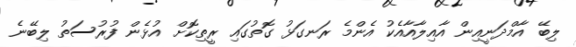
ލިބޭ އާމްދަނީއިން އާއިލާއާއެކު އެންމެ ރަނގަޅު ގޮތުގައި ރީތިކޮށް އުޅެން ފުރުސަތު ލިބޭނެ